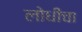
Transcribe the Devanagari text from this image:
लोधीचा